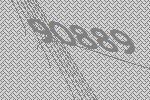
90889